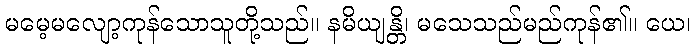
မမေ့မလျော့ကုန်သောသူတို့သည်။ နမိယျန္တိ၊ မသေသည်မည်ကုန်၏။ ယေ၊